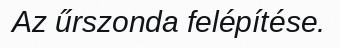
Az űrszonda felépítése.